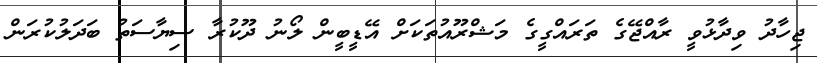
ޖިހާދު ވިދާޅުވީ ރާއްޖޭގެ ތަރައްގީގެ މަޝްރޫއުތަކަށް އޭޑީބީން ލޯނު ދޫކުރާ ސިޔާސަތު ބަދަލުކުރަން